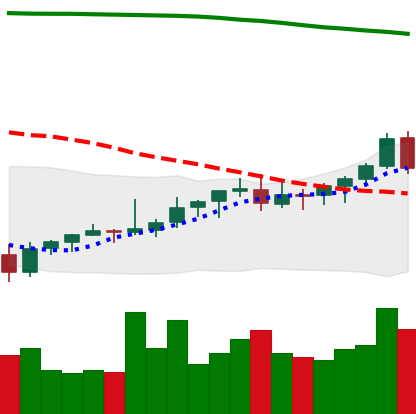
Ticker: EOS-USD
Chart end date: 2021-08-08
Forward return: 20.147%
Label: up_7plus